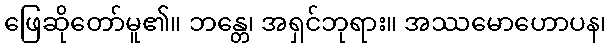
ဖြေဆိုတော်မူ၏။ ဘန္တေ၊ အရှင်ဘုရား။ အဿမောဟောပန၊